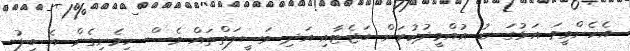
އެހެންވީމަ އަޅުގަނޑު އުއްމީދުކުރަން ބަޖެޓާއި އަދި ވަސީލަތްތައް ވެސް ހިމެނިގެން އެ ބިލު